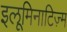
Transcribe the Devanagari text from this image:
इलूमिनाटिज़्म